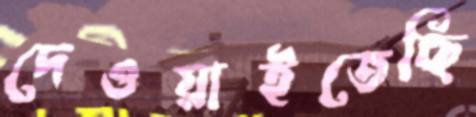
দেওয়াইতেছি